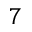
7